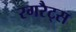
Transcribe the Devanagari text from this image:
रगरैट्स